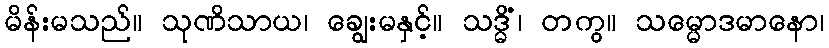
မိန်းမသည်။ သုဏိသာယ၊ ချွေးမနှင့်။ သဒ္ဓိံ၊ တကွ။ သမ္မောဒမာနော၊